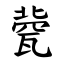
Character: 㼱